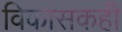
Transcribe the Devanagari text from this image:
विकासकही